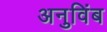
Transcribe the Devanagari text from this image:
अनुविंब